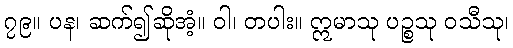
၇၉။ ပန၊ ဆက်၍ဆိုအံ့။ ဝါ၊ တပါး။ ဣမာသု ပဉ္စသု ဝသီသု၊